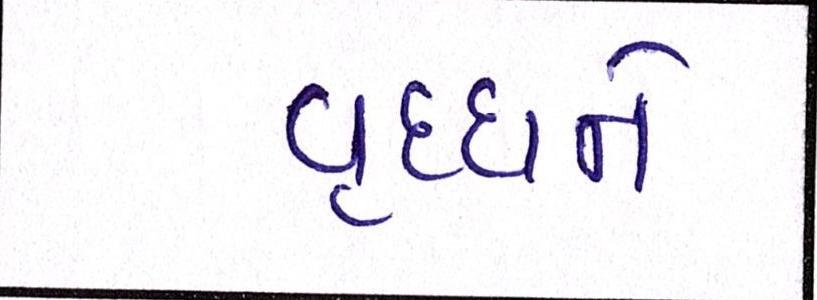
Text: વૃધ્ધને